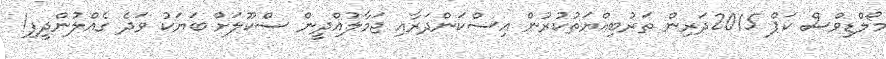
މޯލްޑިވްސް ކަޕް 2015ދަރިން ތަރުބިއްޔަތުކުރުން އިސްކަންދަރާއި ޖަމާލުއްދީން ސްކޫލަށް ބަޔަކު ވަދެ ގެއްލުންދީފި!